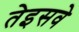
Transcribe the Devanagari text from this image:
तेइसवे